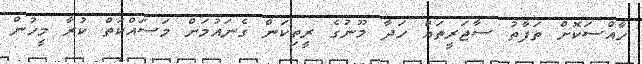
ހާއްސަކޮށް ތަފާތު ސާޖަރީތައް ހަދާ މޫނުގެ ރީތިކަން ގެނައުމަށް މަސައްކަތް ކުރާ މީހުން